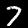
Digit: 7